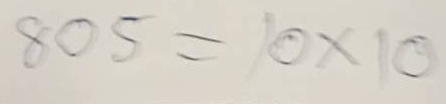
805 = 10x10